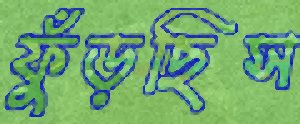
ফুঁড়ছিস